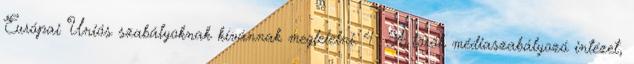
Európai Uniós szabályoknak kívánnak megfelelni. 4 A török médiaszabályozó intézet,